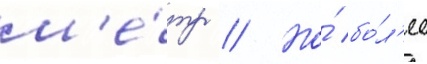
м'е́тр // Но́ бо́л'ее